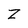
Character: Z